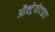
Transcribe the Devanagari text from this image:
औक्ट्रेयोटाइड